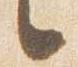
言